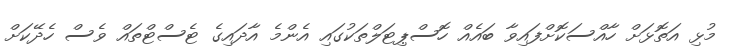
މުޅި އަތޮޅަށް ހާއްސަކޮށްފައިވާ ބައެއް ހޮސްޕިޓަލްތަކުގައި އެންމެ އާދައިގެ ޓެސްޓްތައް ވެސް ހެދޭކަށް